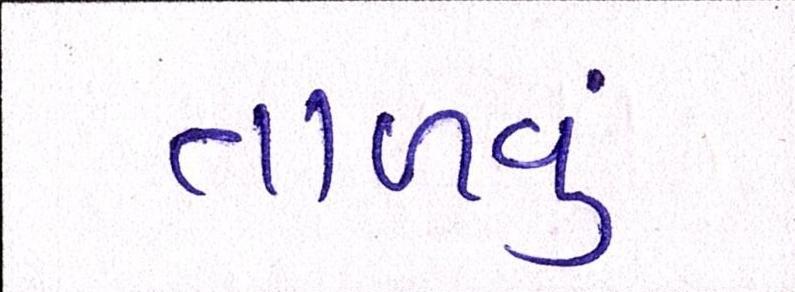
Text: તાળવું